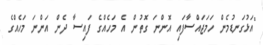
"އަޅުގަނޑުމެން ހަމަޖައްސާފައި އޮންނަ ގޮތުން އެ މަހެއްގެ ފައިސާ ދެން އަންނަ މަހެއްގެ